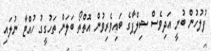
ފުލުހުން ބުނީ އަދިވެސް ޝިލްޕާގެ ބައިވެރިވުން އޮތްތޯ ބަލަން ތަހުގީގު ހުއްޓާ ނުލައި